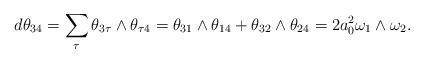
LaTeX: \begin{align*}d\theta_{34}=\sum_{\tau}\theta_{3\tau}\wedge\theta_{\tau4}=\theta_{31}\wedge\theta_{14}+\theta_{32}\wedge\theta_{24}=2a_0^2\omega_1\wedge\omega_2.\end{align*}